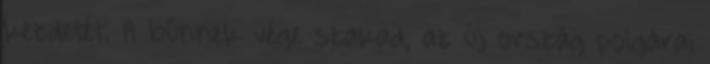
kezdetét. A bűnnek vége szakad, az új ország polgárai